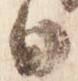
白